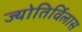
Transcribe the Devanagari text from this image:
ज्योतिर्विलास